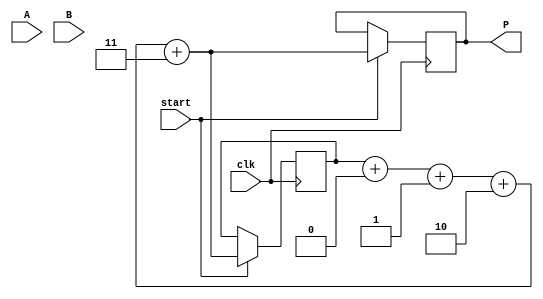
module array_multiplier #(parameter N = 4) (
    input [N-1:0] A,       // N-bit input A
    input [N-1:0] B,       // N-bit input B
    input start,           // Start signal for multiplication
    input clk,             // Clock signal
    output reg [2*N-1:0] P // 2N-bit product output
);

    reg [N-1:0] pp [0:N-1]; // Partial products
    reg [2*N-1:0] sum;      // Intermediate sum for the adder tree
    reg [N-1:0] a_reg, b_reg; // Registers to hold A and B
    reg [2*N-1:0] temp_sum;  // Temporary sum for addition
    integer i, j;

    // Generate Partial Products
    always @(*) begin
        for (i = 0; i < N; i = i + 1) begin
            pp[i] = A & {N{B[i]}}; // AND operation: A AND B[i]
        end
    end

    // Adder Tree to sum partial products
    always @(posedge clk) begin
        if (start) begin
            // Initialize registers
            a_reg <= A;
            b_reg <= B;
            sum <= 0;

            // Sum using a simple iterative approach
            for (j = 0; j < N; j = j + 1) begin
                temp_sum = {pp[j], j}; // Shift partial product
                sum = sum + temp_sum;  // Add to the running total
            end
            
            P <= sum; // Assign final product to P
        end
    end
endmodule